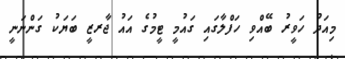
މިއަދު ހަވީރު ބޭއްވި ހަފްލާގައި ގައުމީ ޓީމުގެ އައު ޖާރޒީ ބަޔަކު ގަންނަނީ